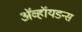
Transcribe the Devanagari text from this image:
ॲव्हॉयडन्स